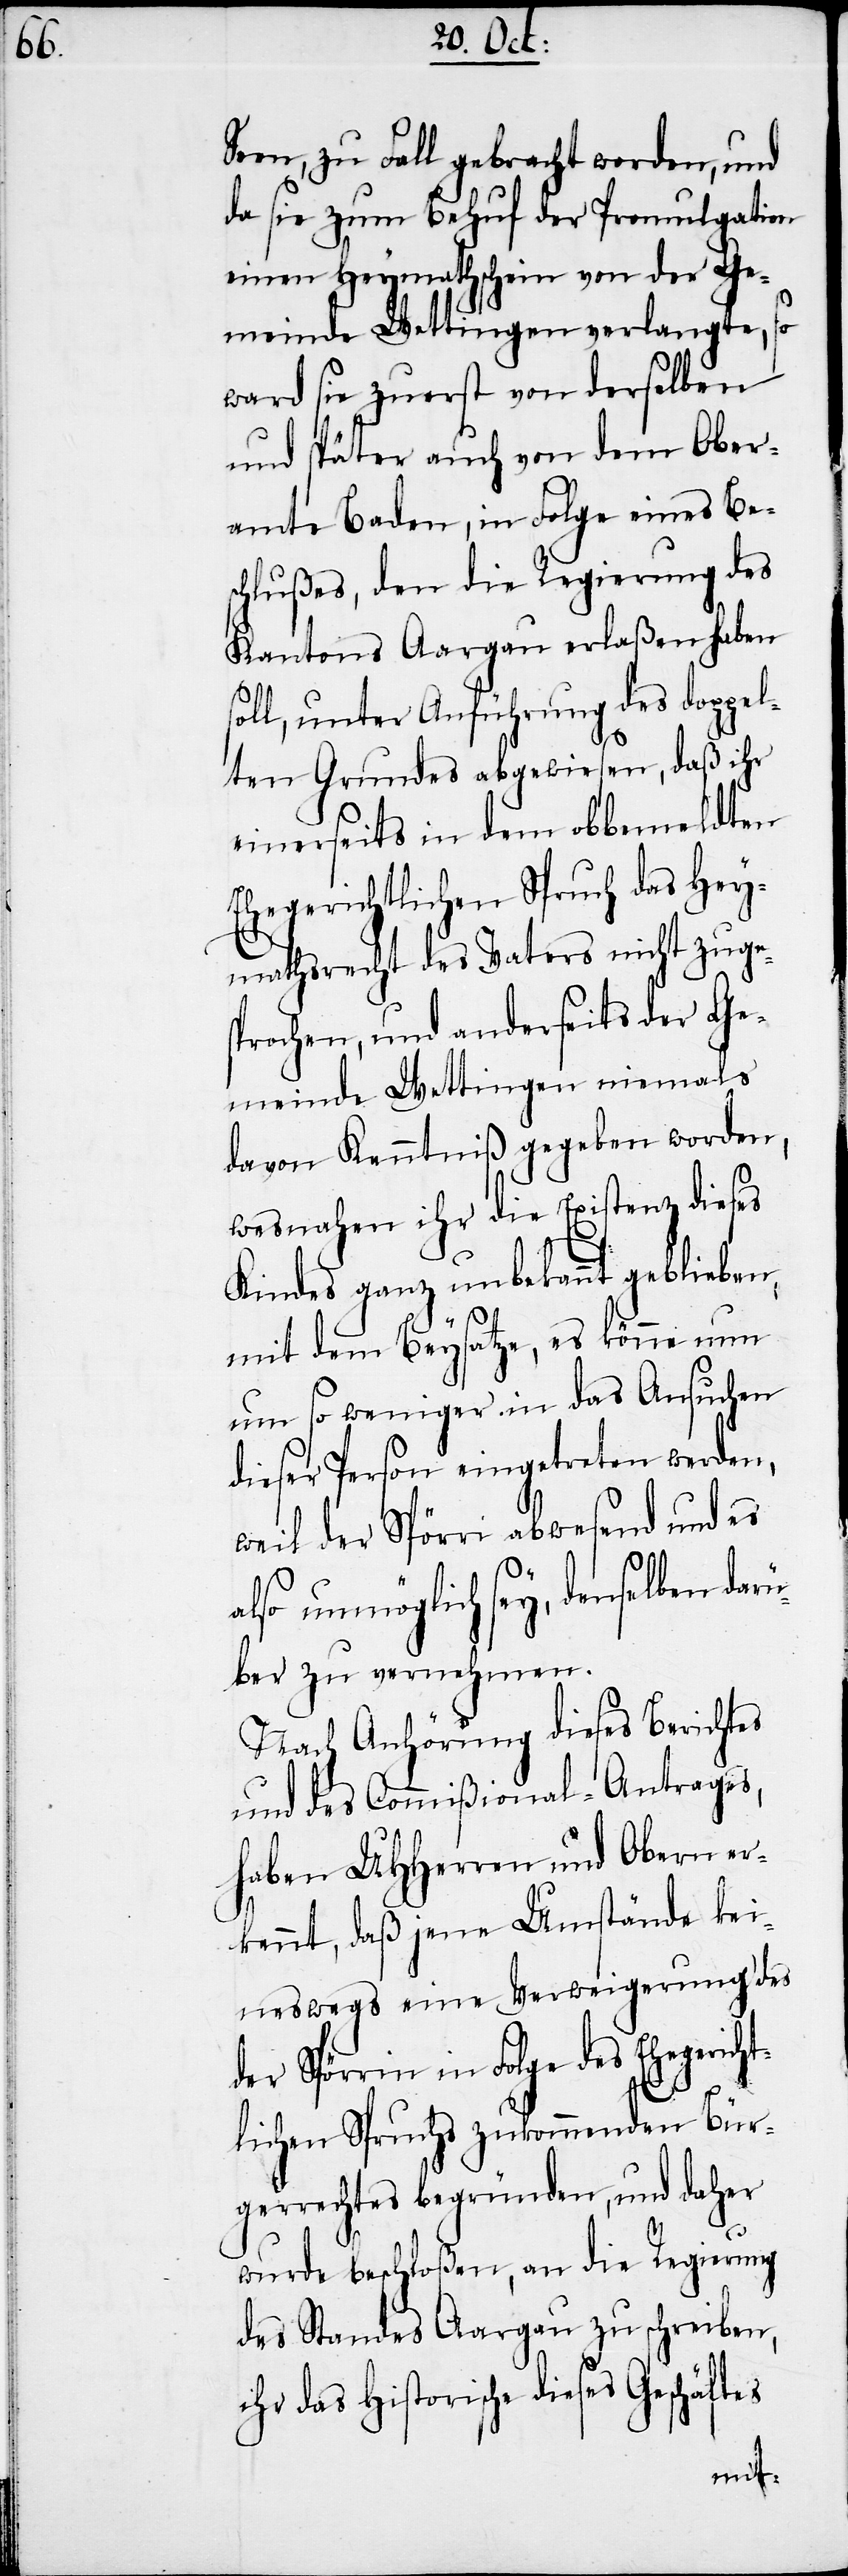
Seen, zu Fall gebracht worden, und
da sie zum Behuf der Promulgation
einen Heymathschein von der Ge¬
meinde Wettingen verlangte, so
ward sie zuerst von derselben
und später auch von dem Ober¬
amte Baden, in Folge eines Bes¬
chlußes, den die Regierung des
Kantons Aargau erlaßen haben
l, unter Anführung des doppel¬
ten Grundes abgewiesen, daß ihr
einerseits in dem obbemeldten
Ehegerichtlichen Spruch das Hey¬
mathsrecht des Vaters nicht zuges¬
prochen, und anderseits der Ge¬
meinde Wettingen niemals
davon Kenntniß gegeben worden,
wesnahen ihr die Existenz dieses
Kindes ganz unbekannt geblieben,
mit dem Beysatze, es könne nun
um so weniger in das Ansuchen
dieser Person eingetreten werden,
weil der Spörri abwesend und es
es
also unmöglich sey, denselben darü¬
ber zu vernehmen.
Nach Anhörung dieses Berichtes
und des Commißional-Antrages,
haben UHHerren und Obern er¬
kennt, daß jene Umstände kei¬
neswegs eine Verweigerung des
der Spörrin in Folge des Ehegericht¬
lichen Spruchs zukommenden Bür¬
gerrechtes begründen, und daher
wurde beschloßen, an die Regierung
des Standes Aargau zu schreiben,
ihr das Historische dieses Geschäft¬